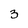
Character: 3